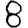
Digit: 8